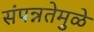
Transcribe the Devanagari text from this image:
संपन्नतेमुळे